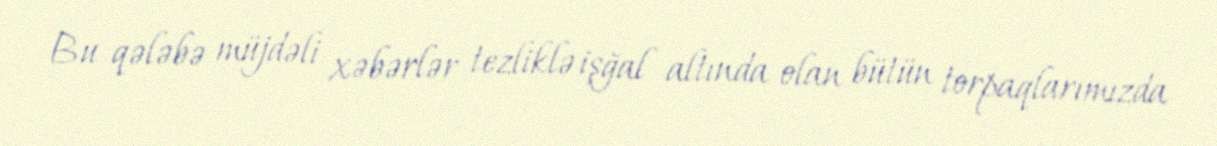
Bu qələbə müjdəli xəbərlər tezliklə işğal altında olan bütün torpaqlarımızda